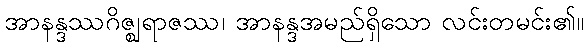
အာနန္ဒဿဂိဇ္ဈရာဇဿ၊ အာနန္ဒအမည်ရှိသော လင်းတမင်း၏။